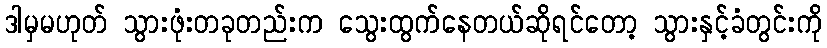
ဒါမှမဟုတ် သွားဖုံးတခုတည်းက သွေးထွက်နေတယ်ဆိုရင်တော့ သွားနှင့်ခံတွင်းကို